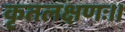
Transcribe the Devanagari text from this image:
कृतलक्षणः।।